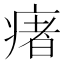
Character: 瘏